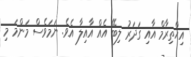
އިޙްތިރާމް އާއި ގަދަރު ލިބޭ އެއް އާއިލާ އެވެ. ނަމަވެސް މަންމަ މި